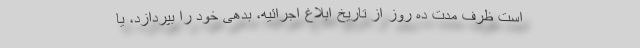
است ظرف مدت ده روز از تاریخ ابلاغ اجرائیه، بدهی خود را بپردازد، یا